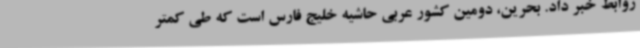
روابط خبر داد. بحرین، دومین کشور عربی حاشیه خلیج فارس است که طی کمتر